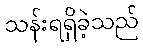
သန်းရရှိခဲ့သည်